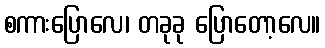
စကားပြောလေ၊ တခုခု ပြောတော့လေ။